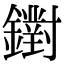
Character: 鑆